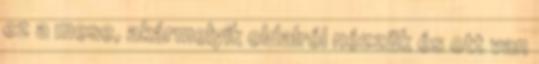
ez a mese, akármelyik oldalról nézzük és ott van